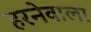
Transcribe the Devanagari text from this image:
हरनेवाला